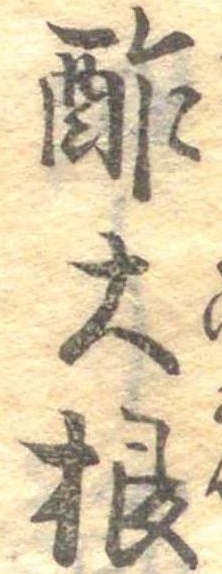
酢大根